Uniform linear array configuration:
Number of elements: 64
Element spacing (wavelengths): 0.75
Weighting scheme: kaiser
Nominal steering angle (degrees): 15
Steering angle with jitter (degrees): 13.226
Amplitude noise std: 0.05
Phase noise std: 0.05

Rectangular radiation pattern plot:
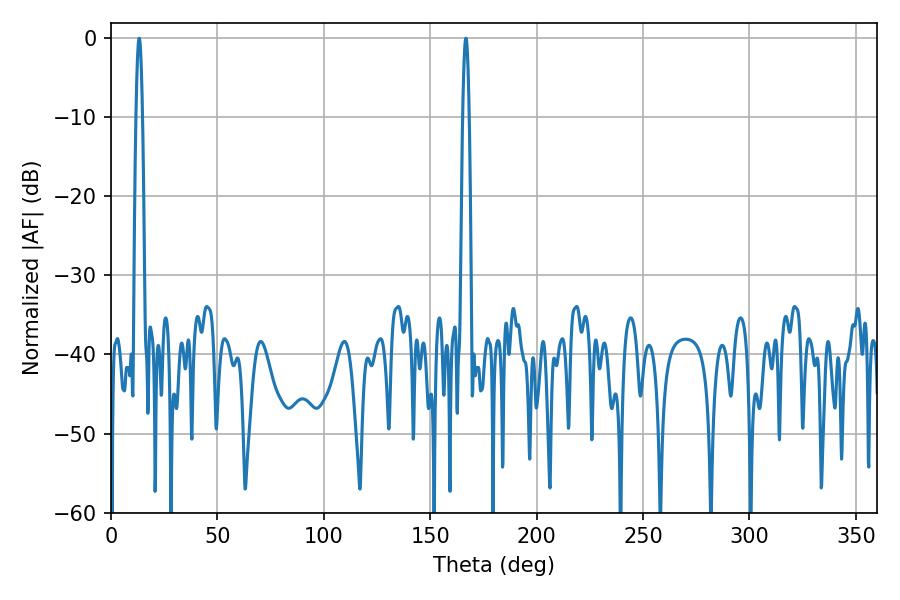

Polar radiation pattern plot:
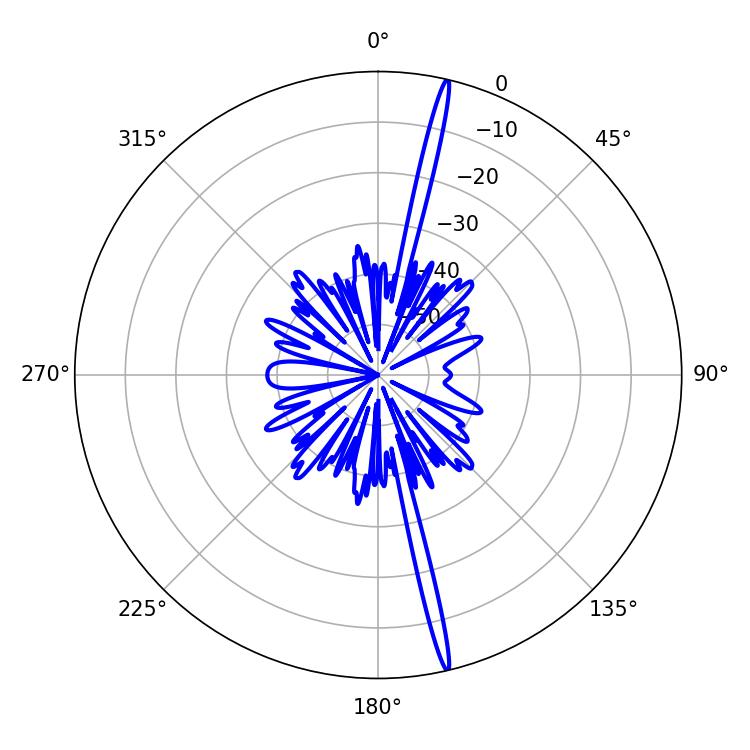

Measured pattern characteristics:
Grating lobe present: TRUE
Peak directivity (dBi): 21.299
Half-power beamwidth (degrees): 1.62
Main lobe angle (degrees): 166.68